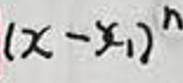
$( x - x _ { 1 } ) ^ { n }$